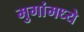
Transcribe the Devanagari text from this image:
मुगांमध्ये